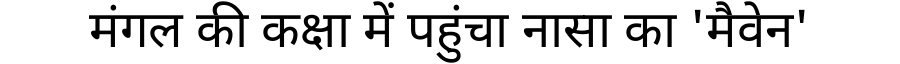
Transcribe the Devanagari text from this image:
मंगल की कक्षा में पहुंचा नासा का 'मैवेन'